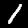
Label: 1